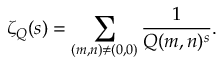
\zeta _ { Q } ( s ) = \sum _ { ( m , n ) \neq ( 0 , 0 ) } { \frac { 1 } { Q ( m , n ) ^ { s } } } .